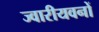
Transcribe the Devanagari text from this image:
ज्वारीयवनों